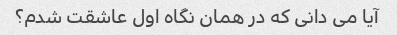
آیا می دانی که در همان نگاه اول عاشقت شدم؟